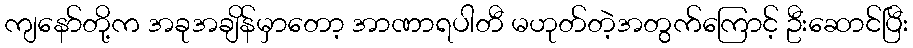
ကျနော်တို့က အခုအချိန်မှာတော့ အာဏာရပါတီ မဟုတ်တဲ့အတွက်ကြောင့် ဦးဆောင်ပြီး